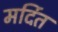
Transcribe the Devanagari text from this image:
मर्दित